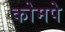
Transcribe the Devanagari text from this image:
कोमपे